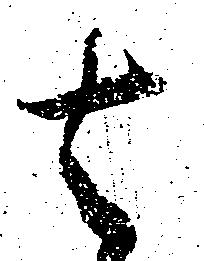
者